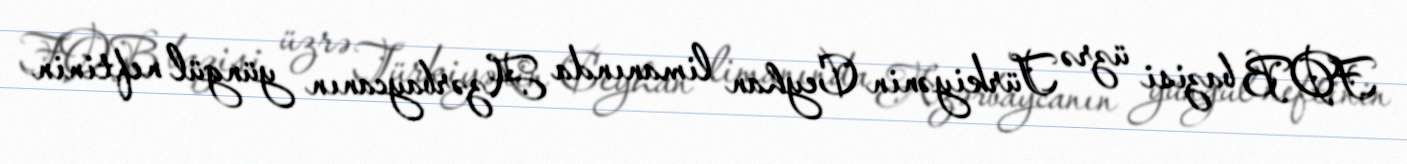
FOB bazisi üzrə Türkiyənin Ceyhan limanında Azərbaycanın yüngül neftinin